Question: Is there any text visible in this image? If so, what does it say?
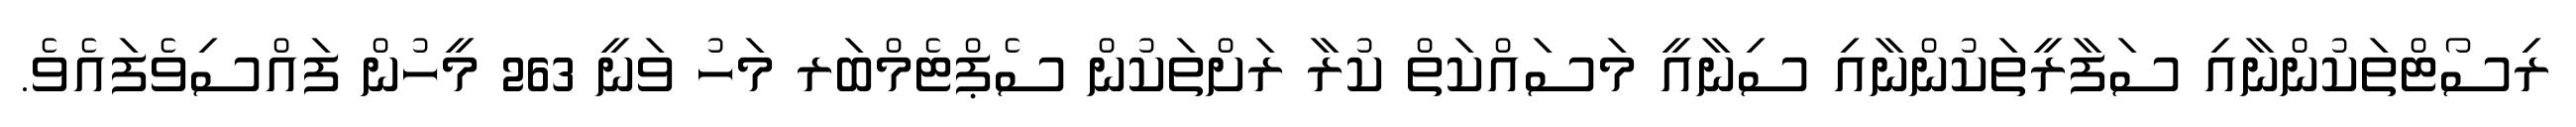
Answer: ރިސޯޓްތަކުންނާއި ސަފާރީތަކުންނާއި ސިނާއީ މަސައްކަތް ކުރާ ރަށްތަކުން ސެޕްޓެމްބަރ މަހު ވަނީ 263 މީހުން ފައްސިވެފައެވެ.